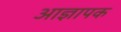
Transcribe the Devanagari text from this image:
आज्ञापक